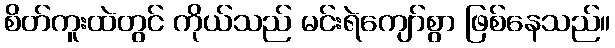
စိတ်ကူးထဲတွင် ကိုယ်သည် မင်းရဲကျော်စွာ ဖြစ်နေသည်။